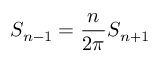
S _ { n - 1 } = { \frac { n } { 2 \pi } } S _ { n + 1 }